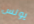
يونس